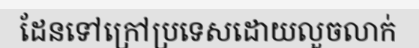
ដែនទៅក្រៅប្រទេសដោយលួចលាក់